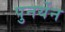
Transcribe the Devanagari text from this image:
पुनर्येन